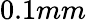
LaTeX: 0.1mm